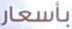
بأسعار